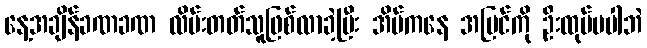
နေ့အချိန်ခဏခဏ လိမ်းတတ်သူဖြစ်လာခဲ့ပြီး အိမ်ကနေ အပြင်ကို ဦးထုပ်မပါဘဲ